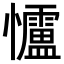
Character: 𪭃